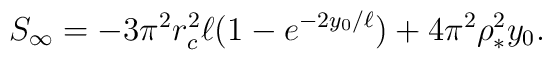
S_{\infty}=-3\pi^2r_c^2 \ell(1-e^{-2y_0/\ell})+4\pi^2\rho_*^2y_0.